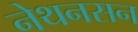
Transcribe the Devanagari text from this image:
नेथनसन